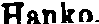
Hanko.